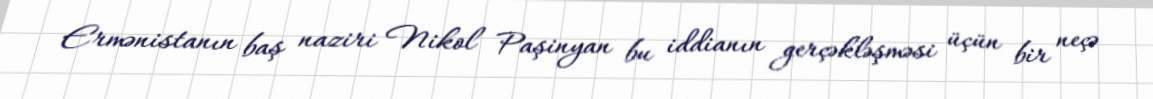
Ermənistanın baş naziri Nikol Paşinyan bu iddianın gerçəkləşməsi üçün bir neçə